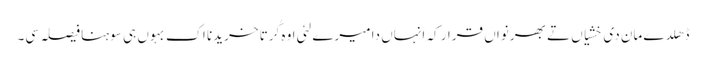
ڈھلدے مان دی خشیاں تے بھرنواں قرار کہ انہاں دا میرے لئی اوہ کُرتا خریدنا اک بہوں ہی سوہنا فیصلہ سی۔